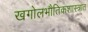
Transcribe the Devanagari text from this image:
खगोलभौतिकशास्त्रात